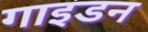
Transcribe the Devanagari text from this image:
गाइडन